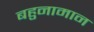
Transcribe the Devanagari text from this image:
बहुनामान